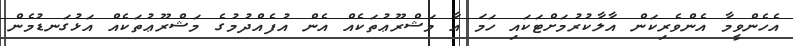
އެހެންވީމާ އެންވެރިކަން އާލާކުރުމަށްޓަކައި ހަމަ އާ މަޝްރޫޢުތަކެއް އެން އުފެއްދުމުގެ މަޝްރޫޢުތަކެއް އަޅުގަނޑުމެން